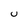
Character: U